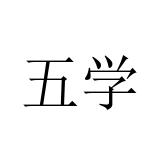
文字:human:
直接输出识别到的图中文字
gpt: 五学